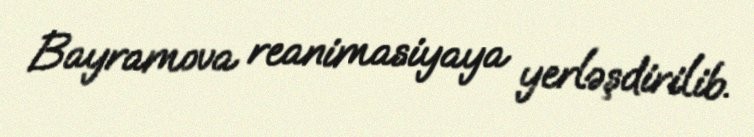
Bayramova reanimasiyaya yerləşdirilib.